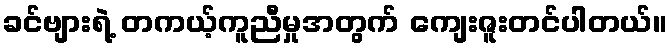
ခင်ဗျားရဲ့ တကယ့်ကူညီမှုအတွက် ကျေးဇူးတင်ပါတယ်။